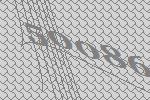
50086